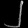
Digit: ၂